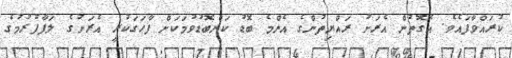
ކުރައްވާފައެވެ. އެގޮތުން އެރަށު ރައްޔިތުންގެ އެންމެ ބޮޑު ކަންބޮޑުވުމަކަށް ފާހަގަކުރީ އެރަށުގެ ލަފާފުރުމުގެ